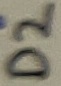
Text: D2